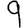
Digit: 9